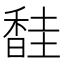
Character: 𫗼